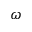
\omega